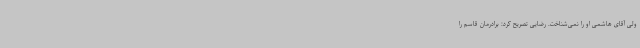
ولی آقای هاشمی او را نمی‌شناخت. رضایی تصریح کرد: برادرمان قاسم را